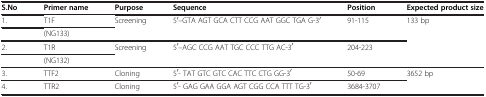
<table><thead><tr><td><b>S.No</b></td><td><b>Primer name</b></td><td><b>Purpose</b></td><td><b>Sequence</b></td><td><b>Position</b></td><td><b>Expected product size</b></td></tr></thead><tbody><tr><td>1.</td><td>T1F</td><td>Screening</td><td>5<sup>′</sup>--GTA AGT GCA CTT CCG AAT GGC TGA G-3<sup>′</sup></td><td>91-115</td><td>133 bp</td></tr><tr><td> </td><td>(NG133)</td><td> </td><td> </td><td> </td><td> </td></tr><tr><td>2.</td><td>T1R</td><td>Screening</td><td>5<sup>′</sup>--AGC CCG AAT TGC CCC TTG AC-3<sup>′</sup></td><td>204-223</td><td> </td></tr><tr><td> </td><td>(NG132)</td><td> </td><td> </td><td> </td><td> </td></tr><tr><td>3.</td><td>TTF2</td><td>Cloning</td><td>5<sup>′</sup>- TAT GTC GTC CAC TTC CTG GG-3<sup>′</sup></td><td>50-69</td><td>3652 bp</td></tr><tr><td>4.</td><td>TTR2</td><td>Cloning</td><td>5<sup>′</sup>- GAG GAA GGA AGT CGG CCA TTT TG-3<sup>′</sup></td><td>3684-3707</td><td> </td></tr></tbody></table>